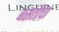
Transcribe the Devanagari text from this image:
बसंतीचा